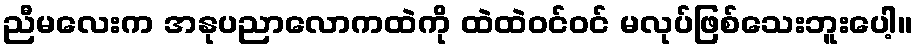
ညီမလေးက အနုပညာလောကထဲကို ထဲထဲဝင်ဝင် မလုပ်ဖြစ်သေးဘူးပေါ့။